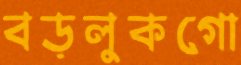
বড়লুকগো